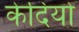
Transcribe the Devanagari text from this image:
केदियो